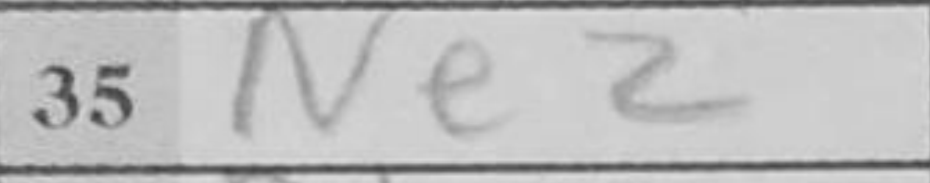
Transcription: Ne2